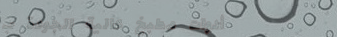
أدوات مطبخ عالية الجودة ب